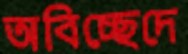
অবিচ্ছেদে